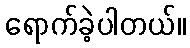
ရောက်ခဲ့ပါတယ်။